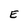
Character: E